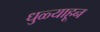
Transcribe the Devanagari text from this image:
धुळ्याहून